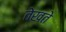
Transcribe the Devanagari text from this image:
तेखते